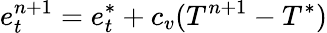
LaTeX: e_{t}^{n+1}=e_{t}^{*}+c_{v}(T^{n+1}-T^{*})